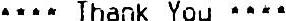
**** THANK YOU ****